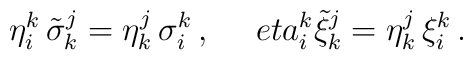
\eta ^k_i\,\tilde{\sigma}^j_k=\eta ^j_k\,\sigma ^k_i\,,\ \ \ \ \ \\eta ^k_i\tilde{\xi}^j_k=\eta ^j_k\,\xi^k_i\,.